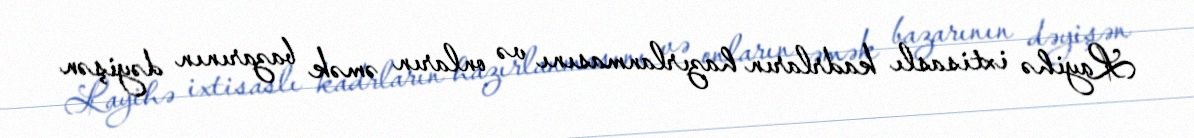
Layihə ixtisaslı kadrların hazırlanmasını və onların əmək bazarının dəyişən